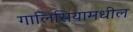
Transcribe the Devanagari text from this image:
गालिसियामधील